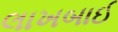
લાખબાઈ